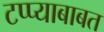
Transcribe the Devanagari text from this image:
टप्प्याबाबत